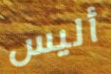
أليس